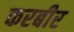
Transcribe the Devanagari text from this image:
करबीर